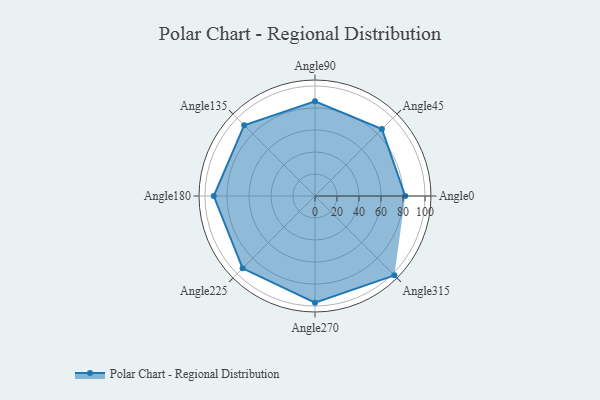
{"axis": {"x": "Angle", "y": "Radius"}, "legend": [""], "data": [{"x": "Angle0", "y": 82.0, "type": ""}, {"x": "Angle45", "y": 86.0, "type": ""}, {"x": "Angle90", "y": 86.0, "type": ""}, {"x": "Angle135", "y": 91.0, "type": ""}, {"x": "Angle180", "y": 92.0, "type": ""}, {"x": "Angle225", "y": 93.0, "type": ""}, {"x": "Angle270", "y": 97.0, "type": ""}, {"x": "Angle315", "y": 102.0, "type": ""}]}